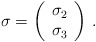
\begin{align*}\mathbf{\sigma}=\left( \begin{array}{c}\sigma_2\\\sigma_3\\\end{array}\right) \,.\end{align*}